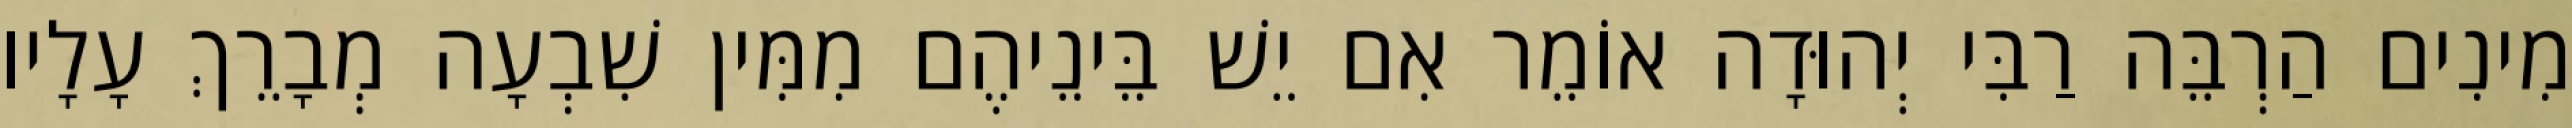
מִינִים הַרְבֵּה רַבִּי יְהוּדָה אוֹמֵר אִם יֵשׁ בֵּינֵיהֶם מִמִּין שִׁבְעָה מְבָרֵךְ עָלָיו